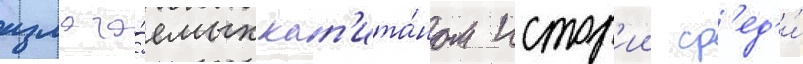
излага́емых кап'ита́ном истор'ии ср'ед'и́